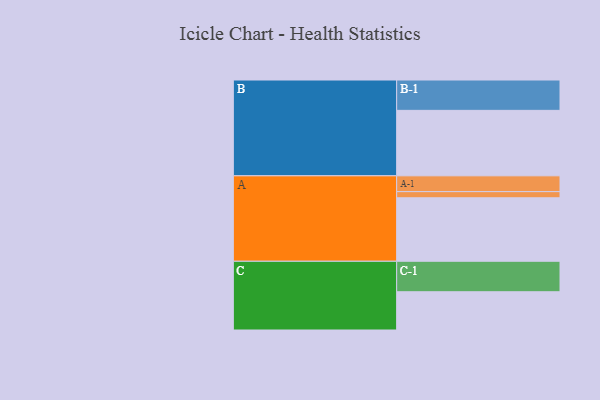
{"axis": {"x": "Segment", "y": "Value"}, "legend": ["", "A", "B", "C"], "data": [{"x": "A", "y": 546, "type": ""}, {"x": "B", "y": 563, "type": ""}, {"x": "C", "y": 329, "type": ""}, {"x": "A-1", "y": 136, "type": "A"}, {"x": "A-2", "y": 53, "type": "A"}, {"x": "B-1", "y": 261, "type": "B"}, {"x": "C-1", "y": 262, "type": "C"}]}